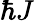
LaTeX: \hbar J